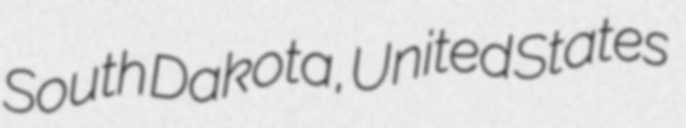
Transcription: South Dakota, United States